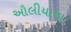
ઔલીયાના